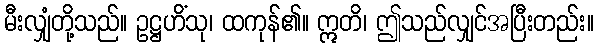
မီးလျှံတို့သည်။ ဥဋ္ဌဟိံသု၊ ထကုန်၏။ ဣတိ၊ ဤသည်လျှင်အပြီးတည်း။